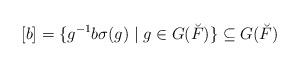
LaTeX: \begin{align*}[b] = \{g^{-1}b\sigma(g)\mid g\in G(\breve F)\}\subseteq G(\breve F)\end{align*}